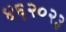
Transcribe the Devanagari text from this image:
४६२०२३